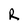
Character: R